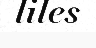
liles